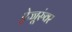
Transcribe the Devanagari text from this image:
ऐज्जूरुंवर